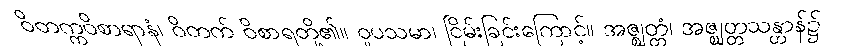
ဝိတက္ကဝိစာရာနံ၊ ဝိတက် ဝိစာရတို့၏။ ဝူပသမာ၊ ငြိမ်းခြင်းကြောင့်။ အဇ္ဈတ္တံ၊ အဇ္ဈတ္တသန္တာန်၌